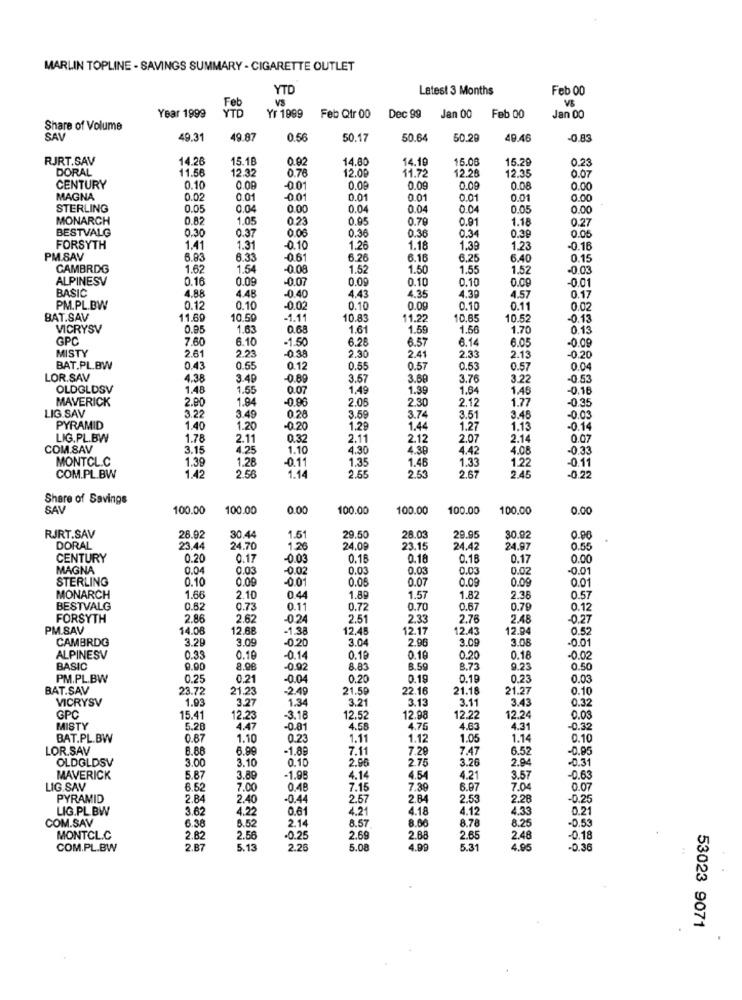
MARLIN TOPLINE - SAVINGS SUMMARY - CIGARETTE OUTLET
YTD
Latest 3 Months
Feb 00
Feb
VS
Year 1999
YTD
Yr 1999
Feb Qtr 00
Dec 99
Jan 00
Feb 00
Jan 00
Share of Volume
SAV
49.31
49.87
0.5€
50.17
50.64
50.29
49.46
-0.83
RJRT.SAV
14.26
15.18
0.9
14.80
14.19
15.0
15.29
0.23
DORAL
11.56
12.32
12.00
11.72
12.28
0.07
0.76
12.35
CENTURY
0.10
0.08
001
0.00
0.09
0.09
0.00
0.00
MAGNA
0.02
0.01
-0.01
0.01
0.01
0.01
0.01
0.00
STERLING
0.05
0.04
0.00
0.04
0.04
0.04
0.05
0.00
MONARCH
0.82
1.05
0.23
0.95
0.79
0.91
1.18
BESTVALG
0.30
0.37
0.06
0.36
0.36
0.34
0.27
0.39
0.05
FORSYTH
1.41
1.31
-0.10
1.26
1.18
1.39
1.23
-0.16
PM.SAV
6.83
6.33
-0.61
6.26
6.16
6.25
6.40
0.15
CAMBRDG
1.62
1.54
-0.08
1.52
1.50
1.55
1.52
-0.03
ALPINESV
0.16
0.09
-0.07
0.09
0.10
0.10
0.09
-0.01
BASIC
4.88
4.35
4.30
4.48
-0.40
4.43
4.57
0.17
PM.PL.BW
0.12
0.10
-0.02
0.10
0.09
0.10
0.11
0.02
BAT.SAV
11.69
10.50
-1.11
10.83
11.22
10.6
10.52
-0.13
VICRYSV
0.95
1.63
0.68
1.61
1.59
1.56
1.70
0.13
GPC
7.60
6.10
-1.50
6.26
6.57
6.14
6.05
-0.09
MISTY
2.61
223
-0.38
2.30
2.41
2.33
2.13
-0.20
BAT.PL.BW
0.43
0.55
0.12
0.55
0.57
0.53
0.57
0.04
LOR.SAV
4.38
3.40
-0.89
3.57
3.60
3.76
3.22
-0.53
OLDGLDSV
1.48
1.55
0.07
1,49
1.39
1.64
1.48
-0,16
MAVERICK
2.90
1.94
-0.96
2.05
2.30
2.12
1.77
-0.35
LIG.SAV
3.22
3.49
0.28
3.59
3.7
3.51
3.48
-0.03
PYRAMID
1.40
1.20
-0.20
1.29
1.44
1.27
1.13
-0.14
LIG.PL.BW
1.78
2.11
0.32
2.11
2.12
2.07
2.14
0.07
COM.SAV
3.15
4.25
1.10
4.30
4.30
4.42
4.08
-0.33
MONTCL.C
1.39
1.28
-0.1
1.35
1.46
1.33
1.22
0.11
2.55
2.45
COM.PL.BW
1.42
2.56
1.14
2.5
2.67
-0.22
Share of Savings
SAV
100.00
100.00
0.00
100.00
100.00
100.00
100.00
0.00
RJRT.SAV
28.92
30.44
1.51
29.50
28.03
29.95
30.92
0.90
DORAL
23.44
24.70
1.26
24.09
23.15
24.42
24.97
0.55
CENTURY
0.20
0.17
-0.03
0.16
0.18
0.16
0.17
0.00
MAGNA
0.04
0.03
-0.02
0.03
0.03
0.03
0.0
-0.01
STERLING
0.10
0.00
-0.01
0.05
0.07
0.09
0.09
0.01
MONARCH
1.66
2.10
0.4
1.8
1.57
1.82
2.38
0.57
BESTVALG
0.62
0.73
0.11
0.72
0.70
0.67
0.79
0.12
FORSYTH
2.86
2.62
-02
2.51
2.33
2.76
2.45
-0.27
PM.SAV
14.08
12.68
-1.38
12.45
12.17
12.43
12.94
0.52
CAMBRDG
3.29
3.09
-0.20
3.04
2.96
3.09
3.08
-0.0
ALPINESV
0.33
0.10
-0.14
0.19
0.19
0.20
0.18
-0.02
BASIC
9.00
8.98
-0.92
8.83
8.59
8.73
9.23
0.50
PM.PL.BW
0.25
0.21
-0.04
0.20
0.19
0.19
0.23
0.03
BAT.SAV
23.72
21.23
-2.49
21.59
22.16
21.18
21.27
0.10
VICRYSV
1.93
3.27
1.34
3.21
3.13
3.11
3.43
0.32
GPC
15.41
12.23
-3.18
12.52
12.98
12.22
12.24
0.03
MISTY
5.20
4.47
-0.81
4.58
4.75
4.63
4.31
-0.32
BAT.PL.BW
0.67
1.10
0.23
1.11
1.12
1.05
1.14
0.10
LOR.SAV
6.68
6.99
-1.89
7.11
7.29
7.47
6.52
-0.85
OLDGLDSV
3.00
3.10
0.10
2.75
3.26
-0.31
MAVERICK
5.87
3.89
-1.98
4.14
4.54
4.21
3.57
-0.63
LIG.SAV
6.52
7.00
0.48
7.15
7.39
6.97
7.0
0.07
PYRAMID
2.84
2.40
-0.44
2.57
2.84
2.53
2.26
-0.25
LIG.PL. BW
3.62
4.22
0.61
4.21
4.18
4.12
4.33
0.21
COM.SAV
6.52
2.14
8.57
8.66
8.78
8.25
-0.53
6.38
MONTCL.C
2.62
2.56
-0.25
2.69
2.88
2.65
2.48
-0.18
COM.PL.BW
2.B7
5.13
2.26
5.08
4.99
5.31
4.95
-0.36
53023 9071